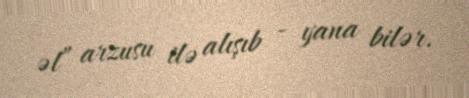
əl” arzusu ilə alışıb - yana bilər.